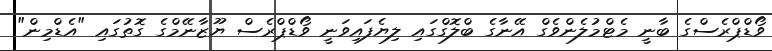
ވޯޑްޕްރެސްގެ ބާނީ މެޓްމުލެންވެގް އޭނާގެ ބްލޮގްގައި ލިޔެފައިވަނީ ވޯޑްޕްރެސް ޔޫޒާނޭމްގެ ގޮތުގައި "އެޑްމިން"